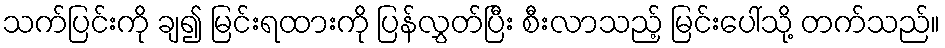
သက်ပြင်းကို ချ၍ မြင်းရထားကို ပြန်လွှတ်ပြီး စီးလာသည့် မြင်းပေါ်သို့ တက်သည်။